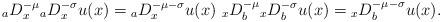
LaTeX: \begin{align*} {_aD_x^{-\mu}}{_aD_x^{-\sigma}}u(x) = {_aD_x^{-\mu - \sigma}}u(x) ~{_xD_b^{-\mu}}{_xD_b^{-\sigma}}u(x) = {_xD_b^{-\mu - \sigma}}u(x).\end{align*}